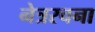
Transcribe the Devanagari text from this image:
नेत्ररचना